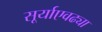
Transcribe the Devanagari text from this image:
सूर्याएवढ्या